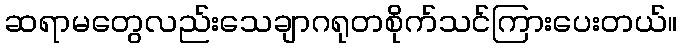
ဆရာမတွေလည်းသေချာဂရုတစိုက်သင်ကြားပေးတယ်။